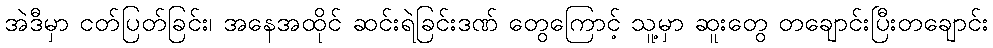
အဲဒီမှာ ငတ်ပြတ်ခြင်း၊ အနေအထိုင် ဆင်းရဲခြင်းဒဏ် တွေကြောင့် သူ့မှာ ဆူးတွေ တချောင်းပြီးတချောင်း